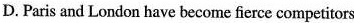
D.Paris and London have become fierce competitors